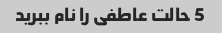
5 حالت عاطفی را نام ببرید